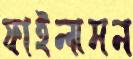
ফাইলামন